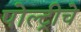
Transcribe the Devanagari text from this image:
पोल्ट्रीचे